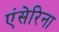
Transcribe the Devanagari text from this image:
एंसेरिना